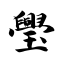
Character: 璺